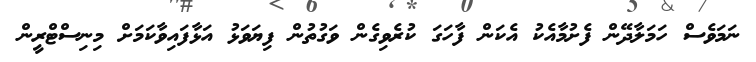
ނަމަވެސް ހަމަލާދޭން ފެށުމާއެކު އެކަން ފާހަގަ ކުރެވިގެން ވަގުތުން ފިޔަވަޅު އަޅާފައިވާކަމަށް މިނިސްޓްރީން